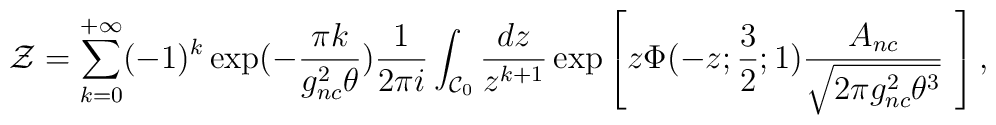
{\cal Z}=\sum_{k=0}^{+\infty}(-1)^k\exp(-\frac{\pi k}{g_{nc}^2\theta})\frac{1}{2\pi i}\int_{{\cal C}_0}\frac{dz}{z^{k+1}}\exp\left[z\Phi(-z;\frac{3}{2};1)\frac{A_{nc}}{\sqrt{2\pi g_{nc}^2\theta^3}}\,\,\right],